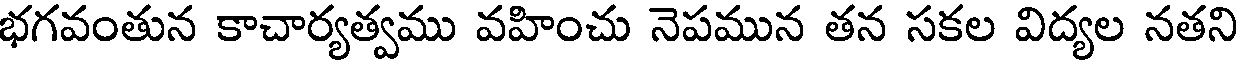
భగవంతున కాచార్యత్వము వహించు నెపమున తన సకల విద్యల నతని